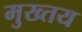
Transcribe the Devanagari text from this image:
मुख्तय